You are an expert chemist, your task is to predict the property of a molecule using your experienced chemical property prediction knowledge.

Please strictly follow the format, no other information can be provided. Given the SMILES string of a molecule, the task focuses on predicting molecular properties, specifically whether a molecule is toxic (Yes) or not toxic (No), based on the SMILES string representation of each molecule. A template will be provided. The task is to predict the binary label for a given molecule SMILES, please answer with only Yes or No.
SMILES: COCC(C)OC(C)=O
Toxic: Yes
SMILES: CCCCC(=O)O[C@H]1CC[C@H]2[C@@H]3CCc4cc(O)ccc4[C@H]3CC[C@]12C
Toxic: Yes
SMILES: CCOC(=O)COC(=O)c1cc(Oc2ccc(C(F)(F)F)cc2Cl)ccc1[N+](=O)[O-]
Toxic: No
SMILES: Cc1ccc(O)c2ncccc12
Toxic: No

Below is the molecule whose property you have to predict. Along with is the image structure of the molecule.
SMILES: NCCCN1CCN(CCCN)CC1
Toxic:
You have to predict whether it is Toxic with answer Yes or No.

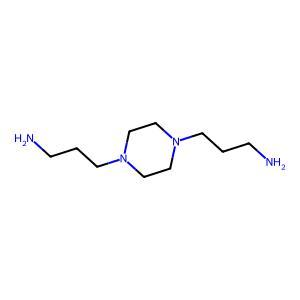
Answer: No